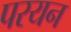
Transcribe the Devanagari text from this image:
परयन